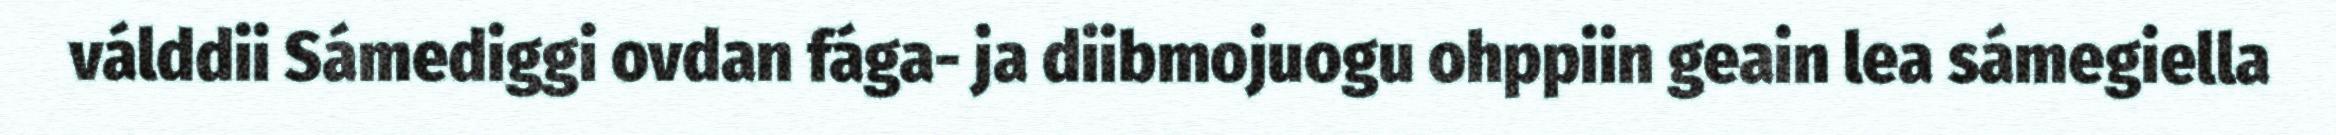
válddii Sámediggi ovdan fága- ja diibmojuogu ohppiin geain lea sámegiella